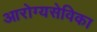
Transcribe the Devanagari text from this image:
आरोग्यसेविका